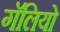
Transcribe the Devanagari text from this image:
गॅलियो